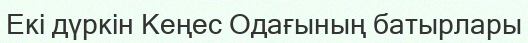
Екі дүркін Кеңес Одағының батырлары